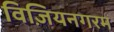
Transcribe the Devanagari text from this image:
विज़ियनगरम